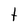
Character: t